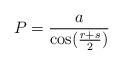
LaTeX: \begin{align*}P=\frac{a}{\cos( \frac{r+s}{2})} \end{align*}